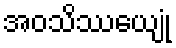
အဝသိဿေယျုံ